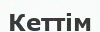
Кеттім